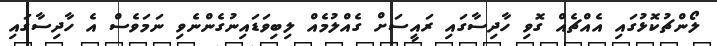
ލޯންޗުކޮޅުގައި އެއްޗެއް ގޮވި ހާދިސާގައި ރައީސަށް ގެއްލުމެއް ލިބިވަޑައިނުގެންނެވި ނަމަވެސް އެ ހާދިސާގައި